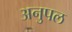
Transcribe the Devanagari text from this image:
अनुपल